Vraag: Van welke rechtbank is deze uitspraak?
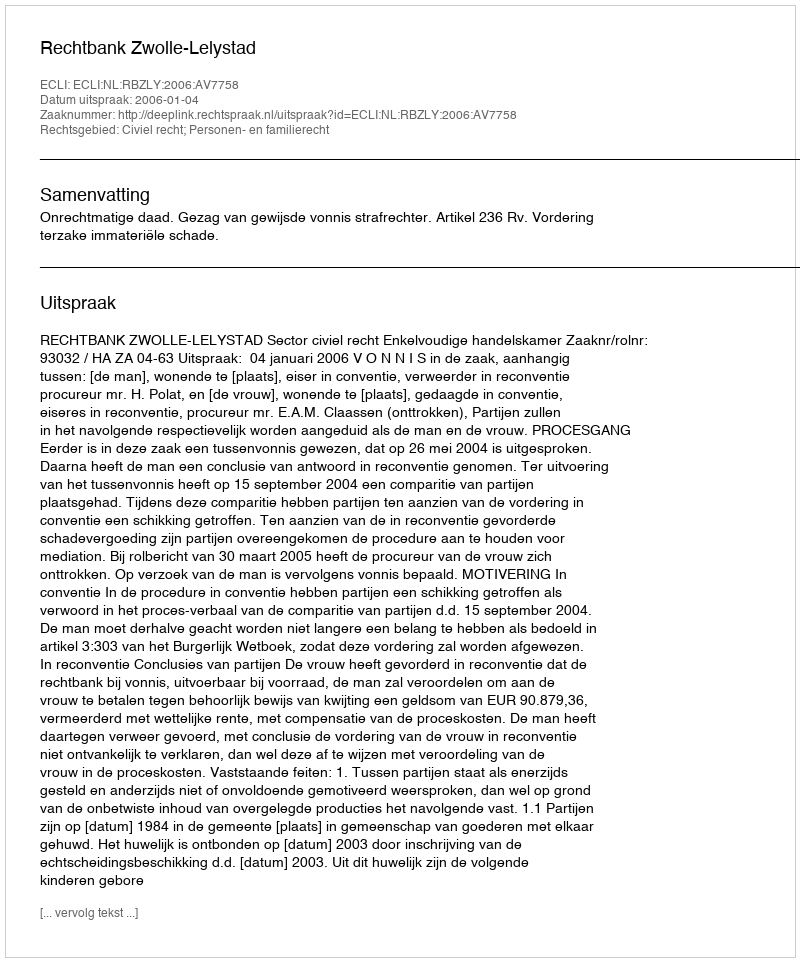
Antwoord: Rechtbank Zwolle-Lelystad